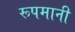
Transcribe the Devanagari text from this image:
रूपमानी